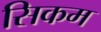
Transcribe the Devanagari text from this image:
सिकम